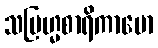
သဗြဟ္မစာရိကာမော